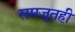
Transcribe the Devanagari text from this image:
समजूतही